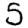
Digit: 5